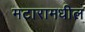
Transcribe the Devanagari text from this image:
मटारामधील